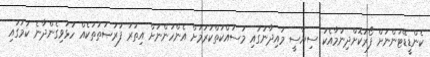
ކެންޑީޑޭޓުންނަށް ފޯރުކޮށްދިނުމާއެކު ސިޔާސީ މައިދާނުގައި މަސައްކަތްކުރުމަށް އެންހުންނަށް އިތުރު ފުރުޞަތުތަކެއް ހުޅުވިގެންދާނެ ކަމުގައި